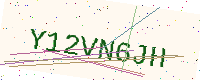
Text: Y12VN6JH